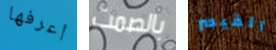
أعرفها بالصمت القيصر